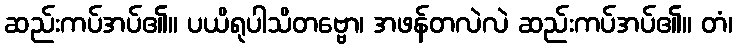
ဆည်းကပ်အပ်၏။ ပယိရုပါသိတဗ္ဗော၊ အဖန်တလဲလဲ ဆည်းကပ်အပ်၏။ တံ၊